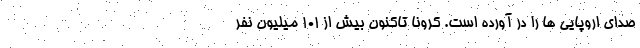
صدای اروپایی ها را در آورده است. کرونا تاکنون بیش از ۱۰۱ میلیون نفر